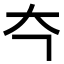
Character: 𪥁